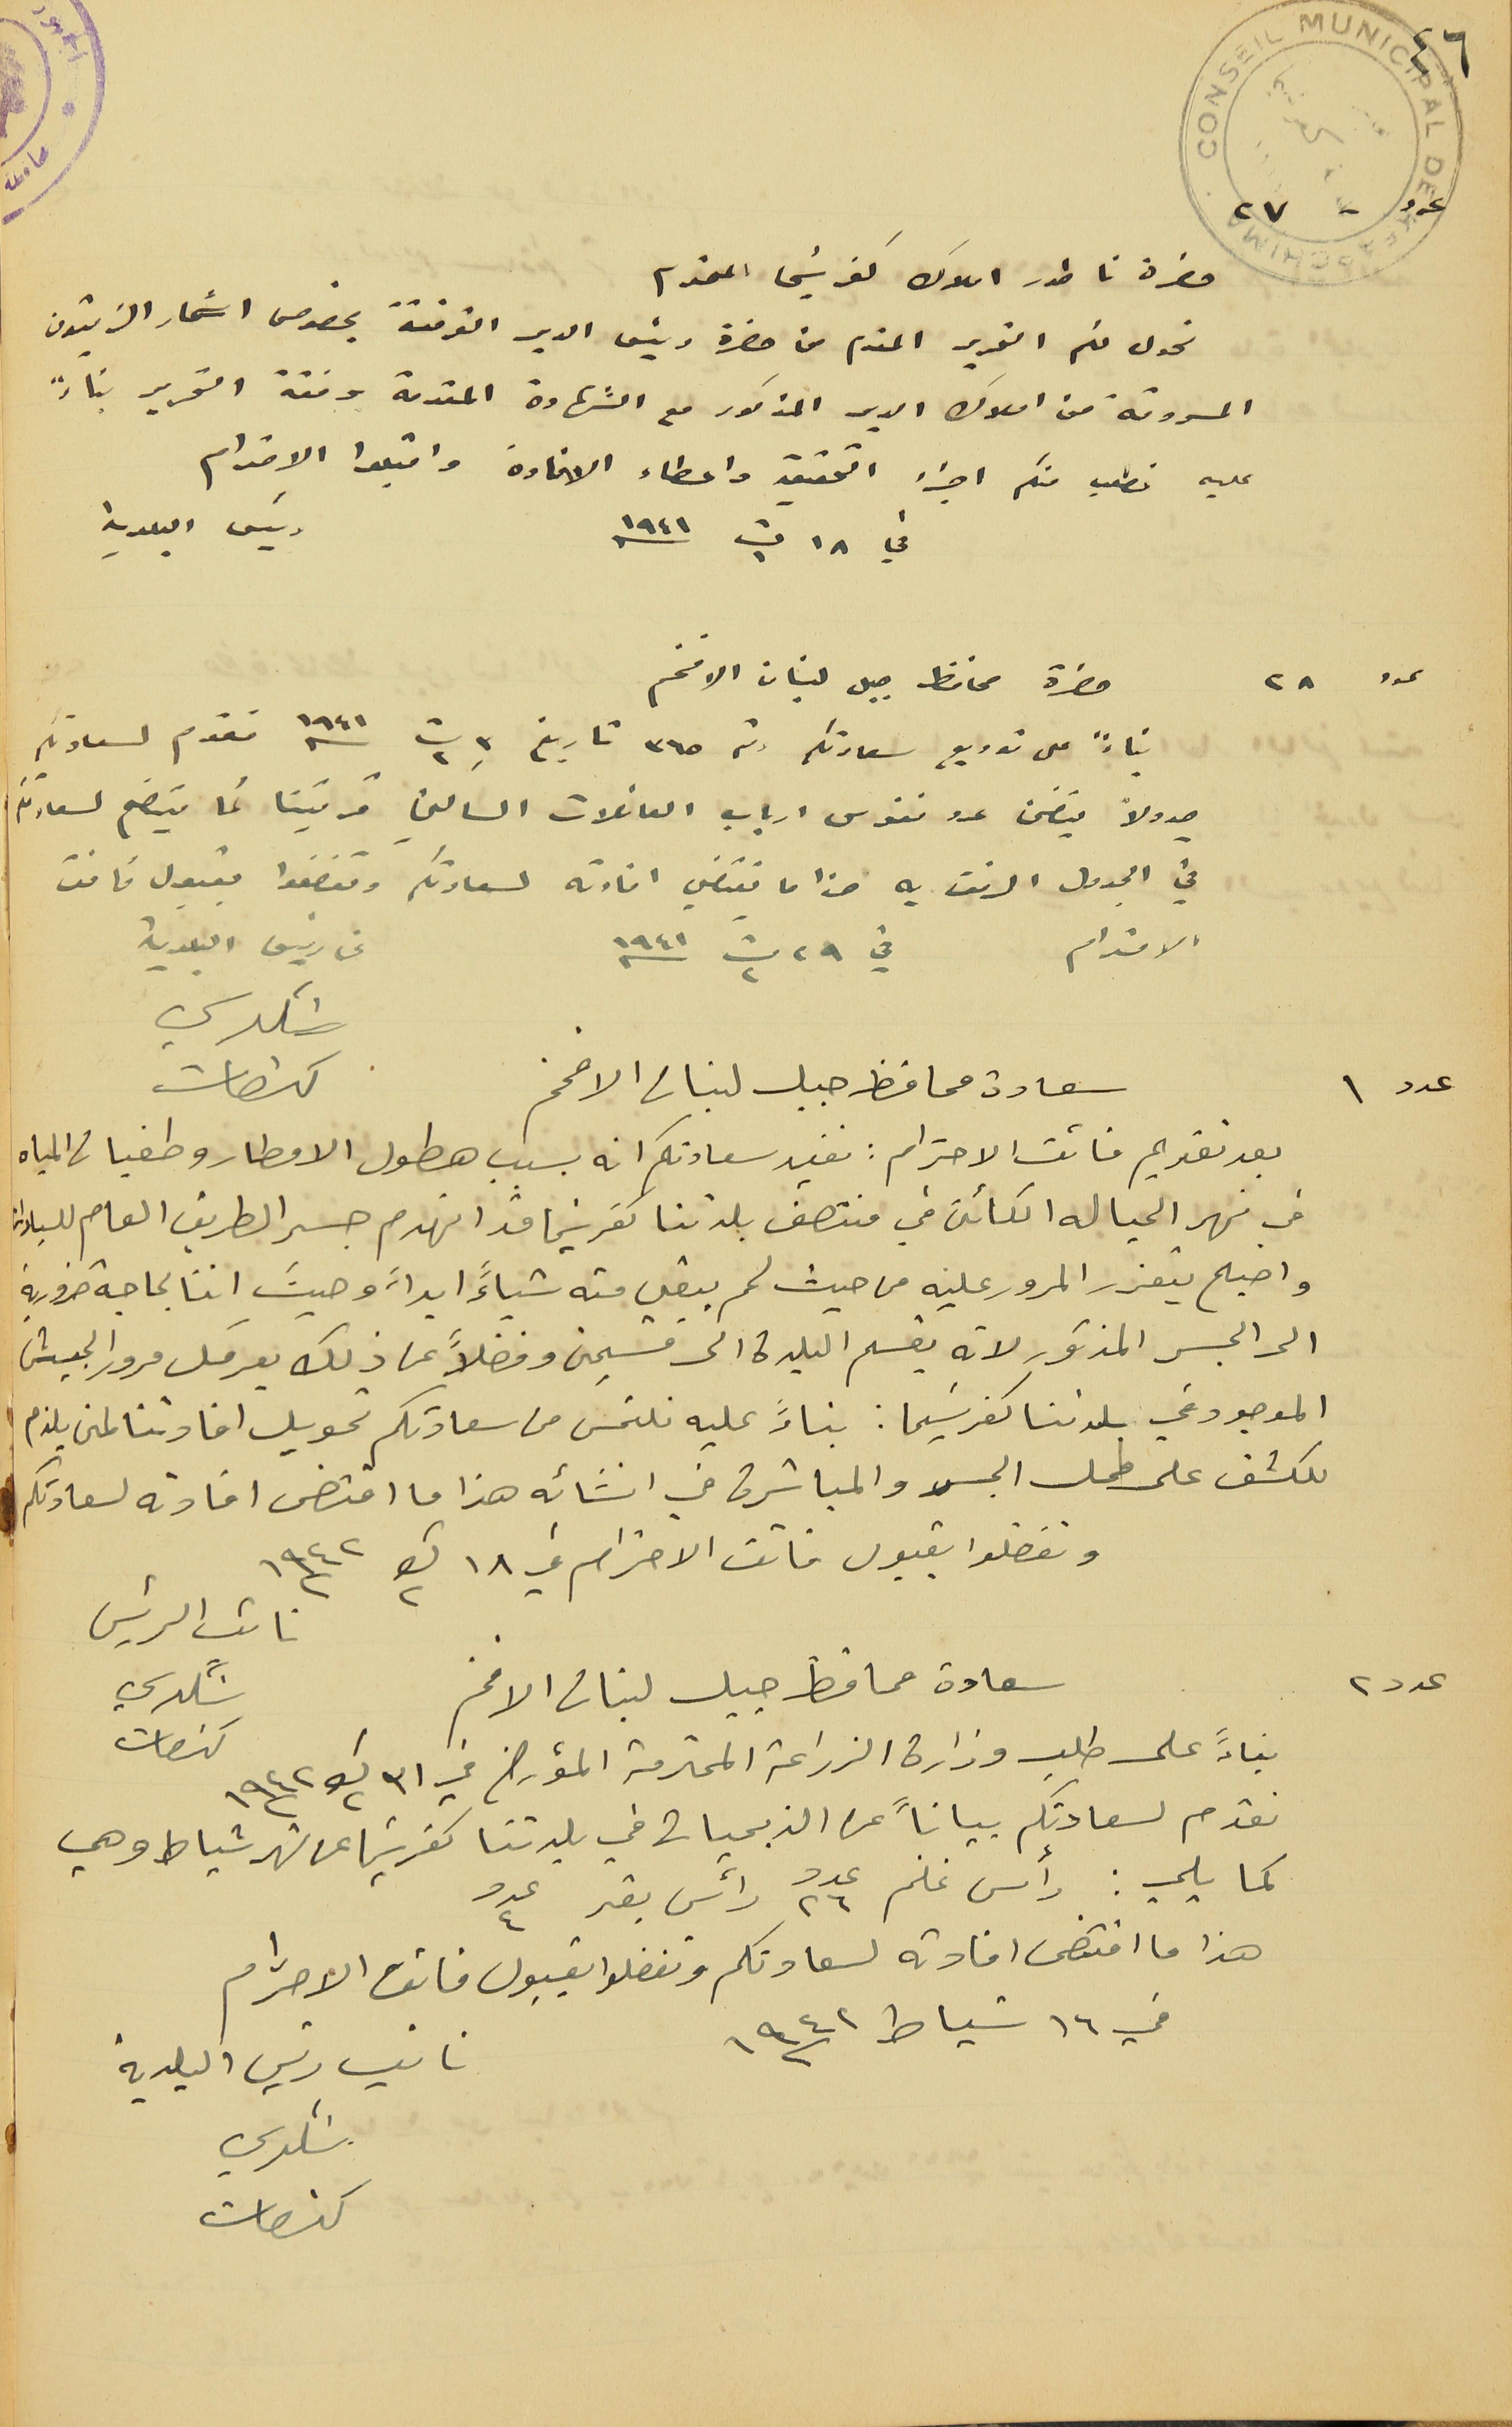
٤٦
حضرة ناطور املاك كفرشيما المحترم
نحول لكم التحرير المقدم من حضرة رئيس الدير القرقفة بخصوص اشجار الزيتون
المسروقة من املاك الدير المذكور مع الشهادة المقدمة وفقاً التحرير بناءً
عليه نطلب منكم اجراء التحقيق واعطاء الافادة واقبلوا الاحترام
في ١٨ ت١ سنه ١٩٤١
حضرة محافظ جبل لبنان الافخم
بناءً على توريع سعادتكم رقم ٣٦٥ تاريخ ٣ ت٢ سنi ١٩٤١ نقدم لسعادتكم
جدولاً يتضمن عدد نفوس ارباب العائلات الساكني قريتنا كما يتضح لسعادتكم
في الجدول المرفق به هذا ما يقتضي افادته لسعادتكم وتفضلوا بقبول فائق
 الاحترام في ٢٩ ت٢ سنه ١٩٤١
عن رئيس البلدية شكري كنعان
بعد تقديم فائق الاحترام : نفيد سعادتكم انه بسبب هطول الامطار وطفيان المياه
 فى نهر الحياله الكائن في منتصف بلدتنا كفرشيما قد اتهدم جسر الطريق العام للسيارات
 واصبح يتعذر المرور عليه من حيث لم يبقي منه شياءً ابداً وحيث اننا بحاجة ضرورية
 الى الجسر المذكور لانه يقسم البلدة الى قسمين وفضلاً عن ذلك يعرقل مرور الجيش
 الموجود في بلدتنا كفرشيما: بناءً عليه نلتمس من سعادتكم تحويل افادتنا لمن يلزم
 للكشف على محل الجسر والمباشرة في انشائه هذا ما اقتضى افادته لسعادتكم
 وتفضلوا بقبول فائق الاحترام في ١٨ ك٢ سنه ١٩٤٢
سعادة محافط جبل لبنان الافخم
 نائب الرئيس البلدية شكري كنعان
 بناءً على طلب وزارة الزراعة المحترمة المؤرخ في ٣١ ك٢ ١٩٤٢
 نقدم لسعادتكم بياناً عن الذبحيات في بلدتنا كفرشيما عن شهر شباط وهي
كما يلي: رأس غنم عدد ٢٦ رأس بقر عدد ٤
 هذا ما اقتضى افادته لسعادتكم وتفضلوا بقبول فائق الاحترام
في ١٦ شباط سنه ١٩٤٢
عدد - ٢٧
 رئيس البلدية
سعادة محافظ جبل لبنان الافخم
نائب رئيس البلدية شكري كنعان
عدد ٢٨
عدد ١
عدد ٢